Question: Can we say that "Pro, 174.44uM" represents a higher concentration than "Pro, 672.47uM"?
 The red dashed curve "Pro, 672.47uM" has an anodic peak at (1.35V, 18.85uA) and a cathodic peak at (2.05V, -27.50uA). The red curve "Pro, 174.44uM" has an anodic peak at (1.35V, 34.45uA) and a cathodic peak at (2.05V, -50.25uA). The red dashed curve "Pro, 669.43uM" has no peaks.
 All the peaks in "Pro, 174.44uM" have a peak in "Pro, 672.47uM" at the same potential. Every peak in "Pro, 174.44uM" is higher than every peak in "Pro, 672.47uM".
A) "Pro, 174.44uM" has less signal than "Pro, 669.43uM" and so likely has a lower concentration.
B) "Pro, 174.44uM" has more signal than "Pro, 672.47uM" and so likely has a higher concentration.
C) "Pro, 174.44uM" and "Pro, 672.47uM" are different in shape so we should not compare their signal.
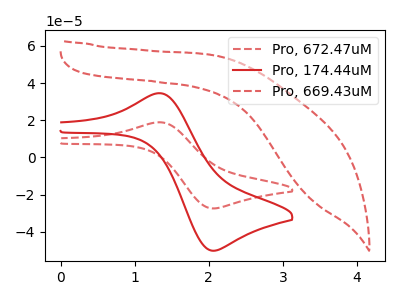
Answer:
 <answer>B) "Pro, 174.44uM" has more signal than "Pro, 672.47uM" and so likely has a higher concentration.</answer>
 <eval>B</eval>